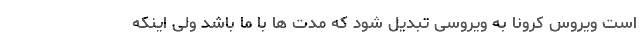
است ویروس کرونا به ویروسی تبدیل شود که مدت ها با ما باشد ولی اینکه